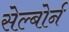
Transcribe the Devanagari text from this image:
सेल्बोर्न